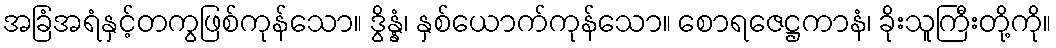
အခြံအရံနှင့်တကွဖြစ်ကုန်သော။ ဒွိန္နံ၊ နှစ်ယောက်ကုန်သော။ စောရဇေဋ္ဌကာနံ၊ ခိုးသူကြီးတို့ကို။